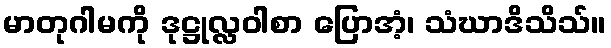
မာတုဂါမကို ဒုဋ္ဌုလ္လဝါစာ ပြောအံ့၊ သံဃာဒိသိသ်။